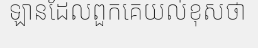
ឡានដែលពួកគេយល់ខុសថា